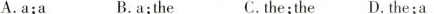
A.a;a B.a;the C.the;the D.The;a